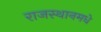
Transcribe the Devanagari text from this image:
राजस्थानमधे